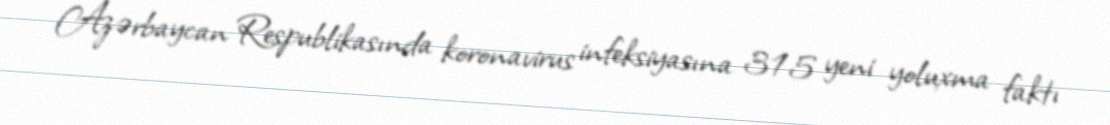
Azərbaycan Respublikasında koronavirus infeksiyasına 315 yeni yoluxma faktı